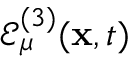
\mathcal { E } _ { \mu } ^ { ( 3 ) } ( \mathbf { x } , t )